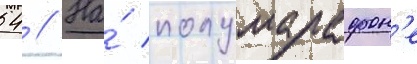
54 // На́ полумарафон'е